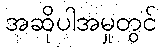
အဆိုပါအမှုတွင်